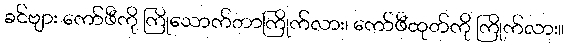
ခင်ဗျား ကော်ဖီကို ကြိုသောက်တာကြိုက်လား၊ ကော်ဖီထုတ်ကို ကြိုက်လား။